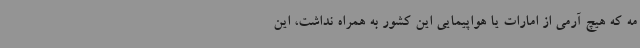
مه که هیچ آرمی از امارات یا هواپیمایی این کشور به همراه نداشت، این